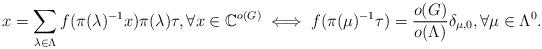
LaTeX: \begin{align*}x=\sum_{\lambda\in \Lambda}f(\pi(\lambda)^{-1}x) \pi(\lambda)\tau , \forall x \in \mathbb{C}^{o(G)}\iff f(\pi(\mu)^{-1}\tau) =\frac{o(G)}{o(\Lambda)}\delta_{\mu,0}, \forall \mu\in \Lambda^0.\end{align*}